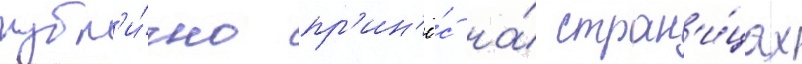
публ'и́чно пр'ин'ё́с на́ стран'и́цах